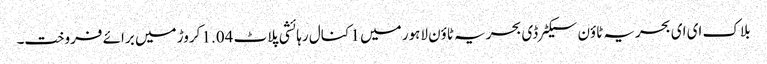
بلاک ای ای بحریہ ٹاؤن سیکٹرڈی بحریہ ٹاؤن لاہور میں 1 کنال رہائشی پلاٹ 1.04 کروڑ میں برائے فروخت۔